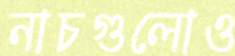
নাচগুলোও